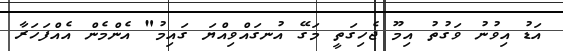
އަޑު އިވުނު ވަގުތު އިމޫ ޖެހިގަތީ މަގޭ އުނގައްވިއްޔަ ގައިމު" އެންމެން އެއްފަހަރާ